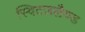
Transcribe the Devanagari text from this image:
स्विटज़लैण्ड